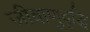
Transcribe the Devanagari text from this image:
जीवाणुवृद्धि